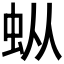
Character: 𰲯